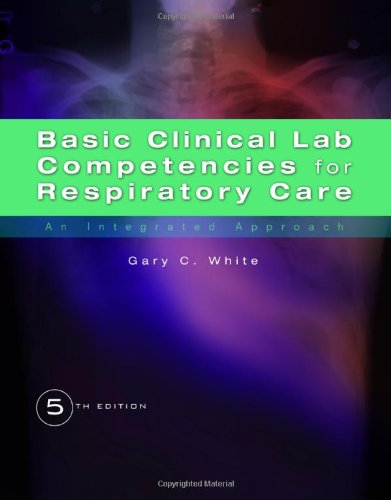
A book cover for Basic Clinical Lab Competencies for Respiratory Care: An Integrated Approach; Gary C. White; Medical Books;